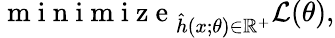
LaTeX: \begin{array}{r}{\mathop{\mathrm{~m~i~n~i~m~i~z~e~}}_{\hat{h}(x;\theta)\in\mathbb{R}^{+}}\mathcal{L}(\theta),}\end{array}